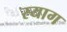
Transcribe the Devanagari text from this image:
स्याग